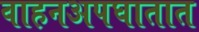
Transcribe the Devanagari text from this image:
वाहनअपघातात